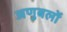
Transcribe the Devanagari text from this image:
अणुबलों